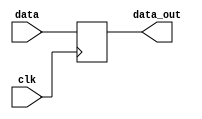
module fetch(clk, data, data_out );
input clk;
input [15:0] data;
output reg [15:0] data_out;

always@(posedge clk) begin
	data_out = data;
	
end
endmodule